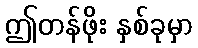
ဤတန်ဖိုး နှစ်ခုမှာ